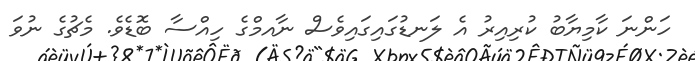
ހަންނަ ކާމިޔާބު ކުރިއިރު އެ ލަނޑުގައިގައިވެސް ނާއމްގެ ހިއްސާ ބޮޑެވެ. މެޗުގެ ނުވަ